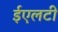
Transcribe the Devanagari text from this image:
ईएलटी